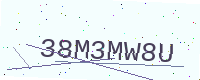
Text: 38M3MW8U